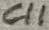
Text: C11